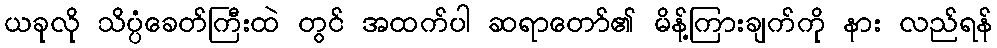
ယခုလို သိပ္ပံခေတ်ကြီးထဲ တွင် အထက်ပါ ဆရာတော်၏ မိန့်ကြားချက်ကို နား လည်ရန်